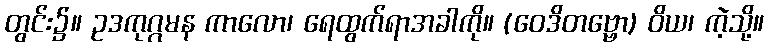
တွင်း၌။ ဥဒကုဂ္ဂမန ကာလော၊ ရေထွက်ရာအခါကို။ (ဝေဒိတဗ္ဗော) ဝိယ၊ ကဲ့သို့။